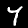
Label: 7